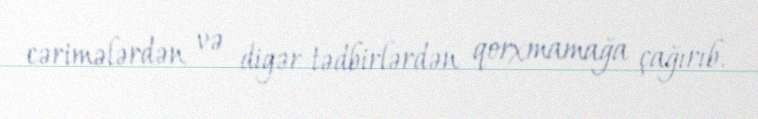
cərimələrdən və digər tədbirlərdən qorxmamağa çağırıb.